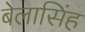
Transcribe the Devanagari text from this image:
बेलासिंह